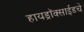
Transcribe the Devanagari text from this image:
हायड्राॅक्साईडचे